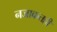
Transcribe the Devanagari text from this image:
नजाकतही